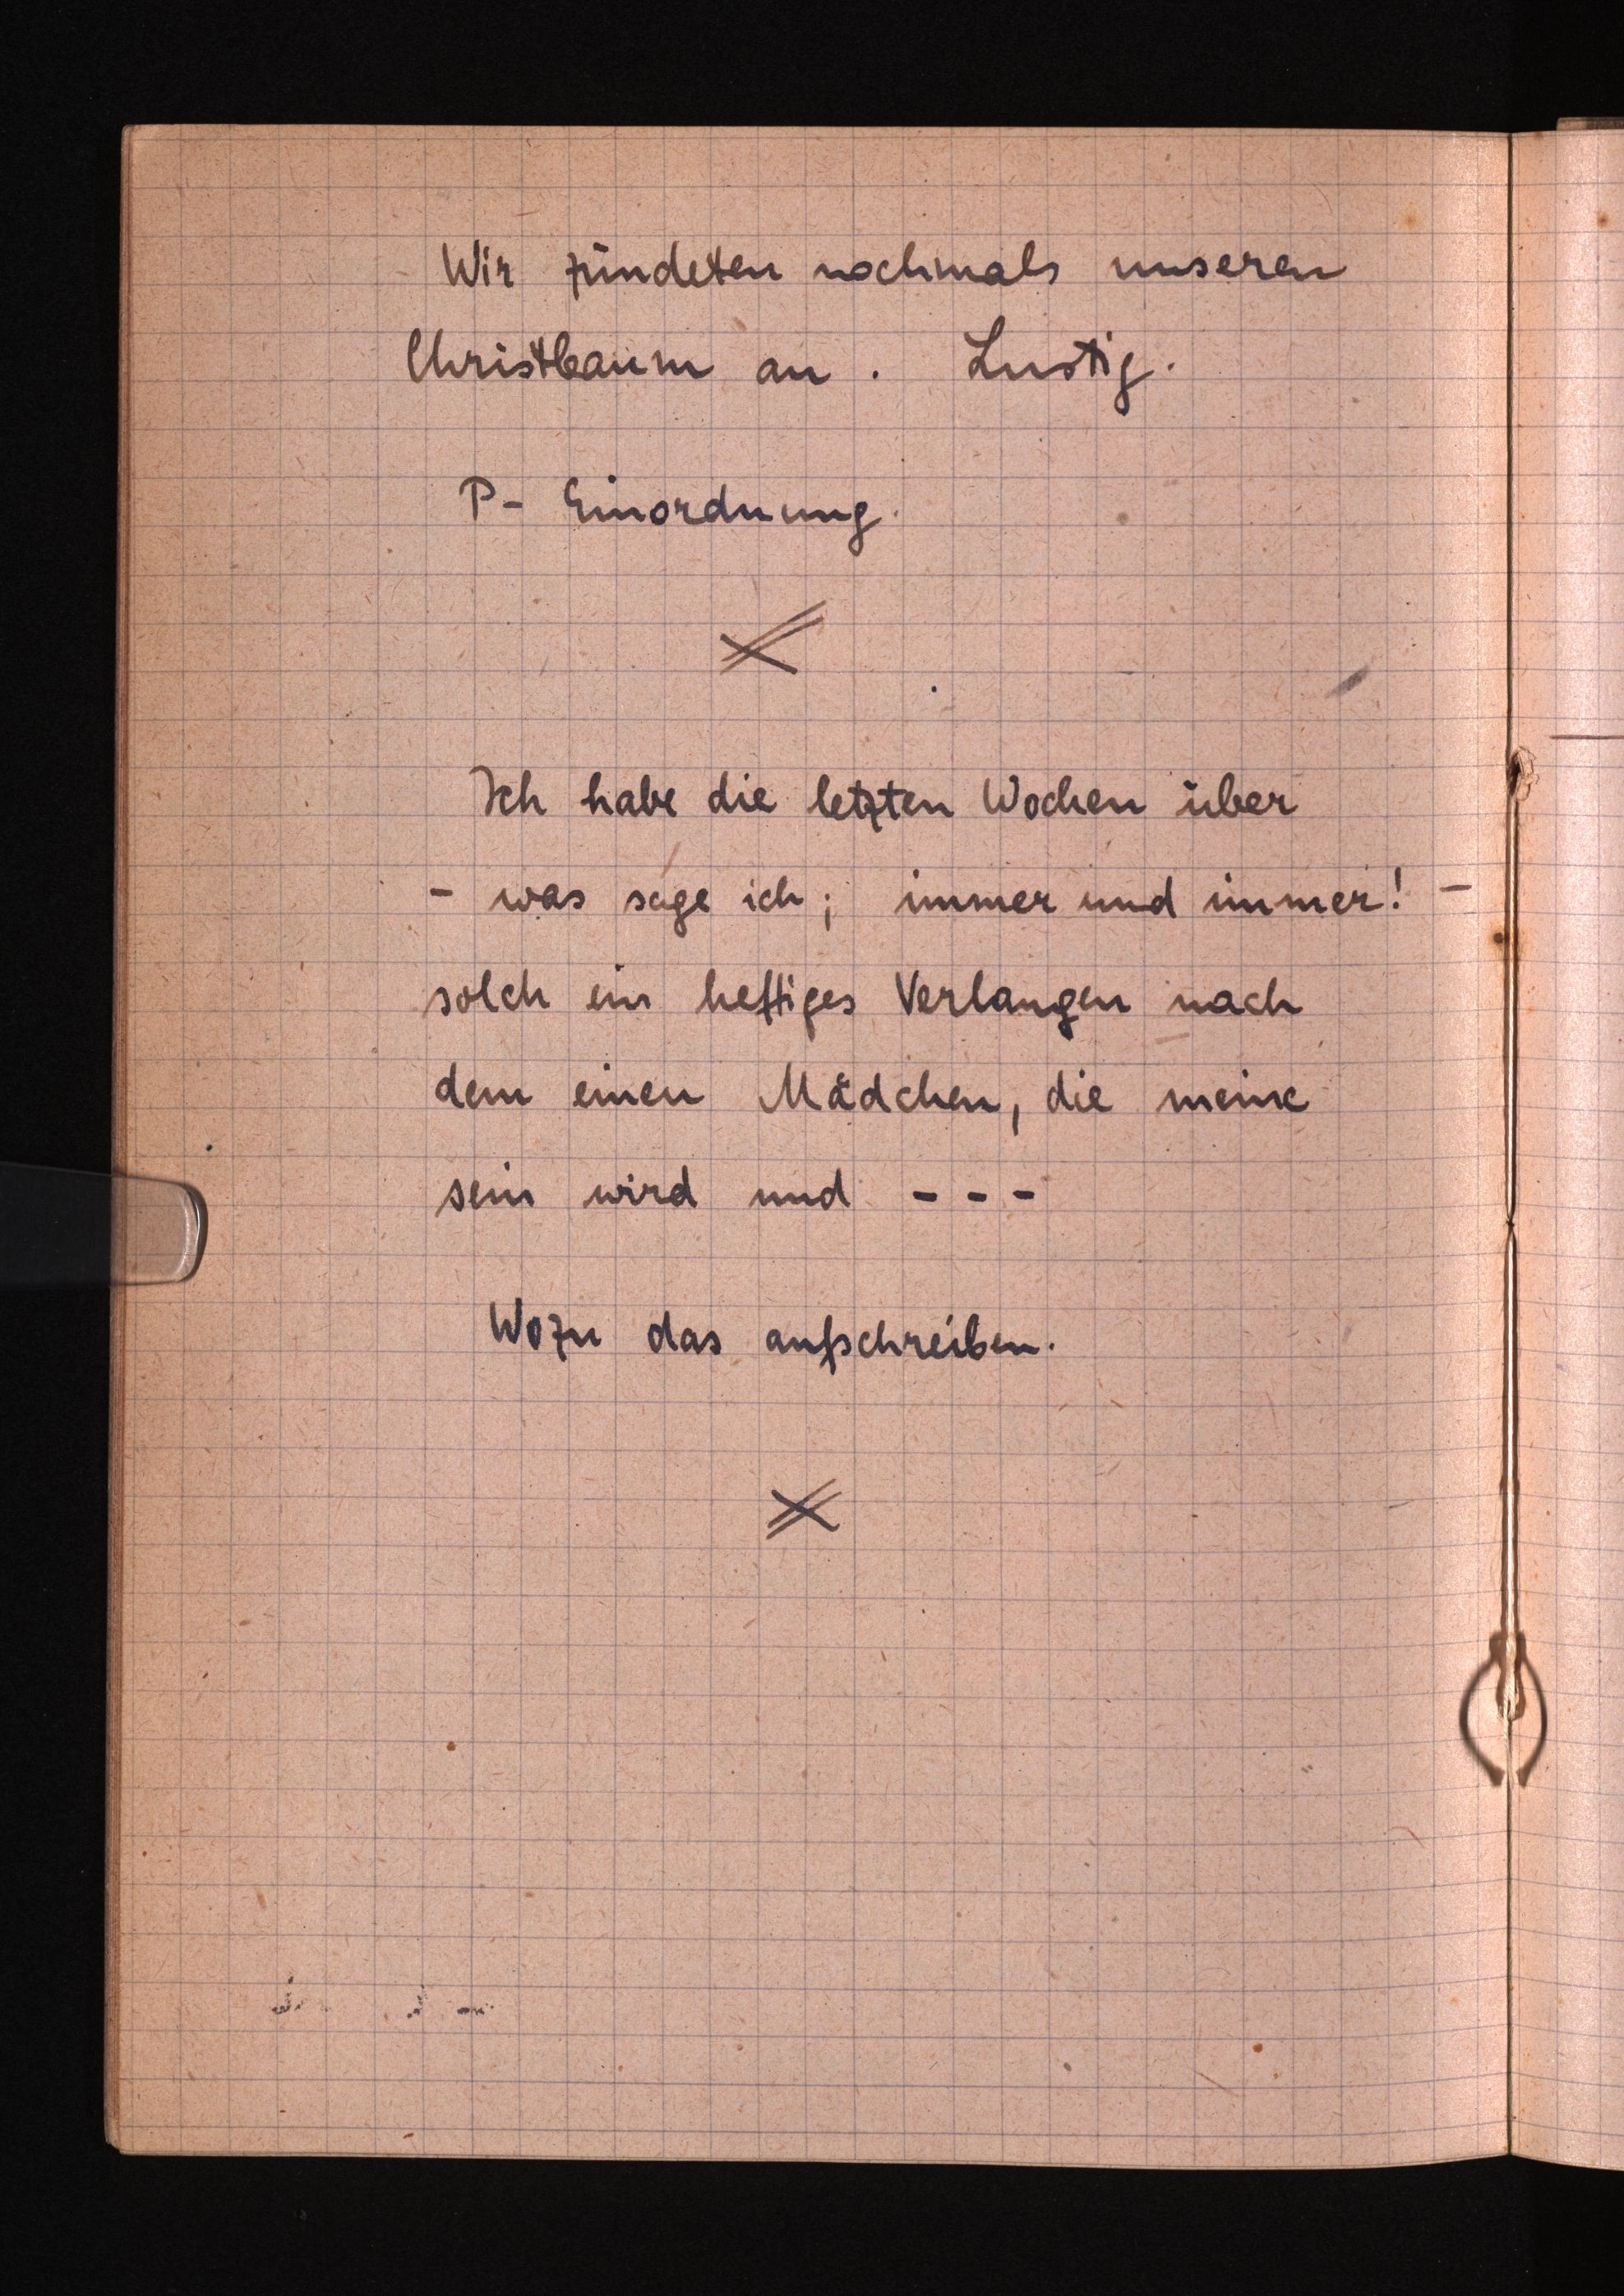
Wir zündeten nochmals unseren
Christbaum an. Lustig.
P- Einordnung:
Ich habe die letzten Wochen über
- was sage ich; immer und immer.
solch ein hettiges Verlangen nach
dem einen Mädchen, die meine
sein wird und ---
Wozu das aufschreiben.